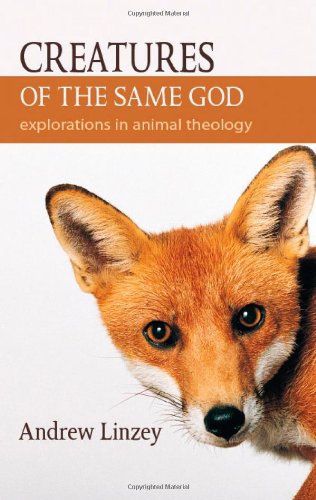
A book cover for Creatures of the Same God: Explorations in Animal Theology; Andrew Linzey; Science & Math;